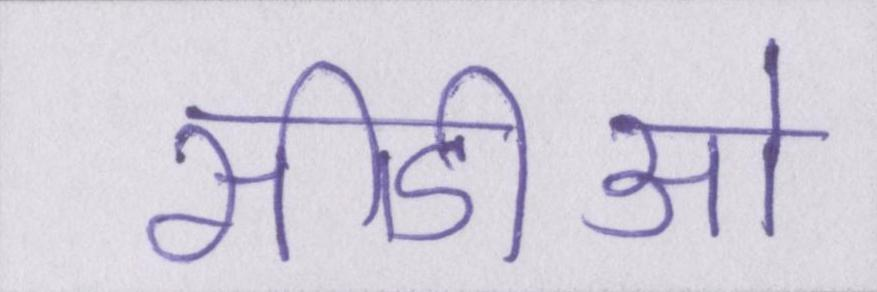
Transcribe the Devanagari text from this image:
सीडीओ